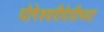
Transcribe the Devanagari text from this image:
योगेश्वरीदेवीच्या